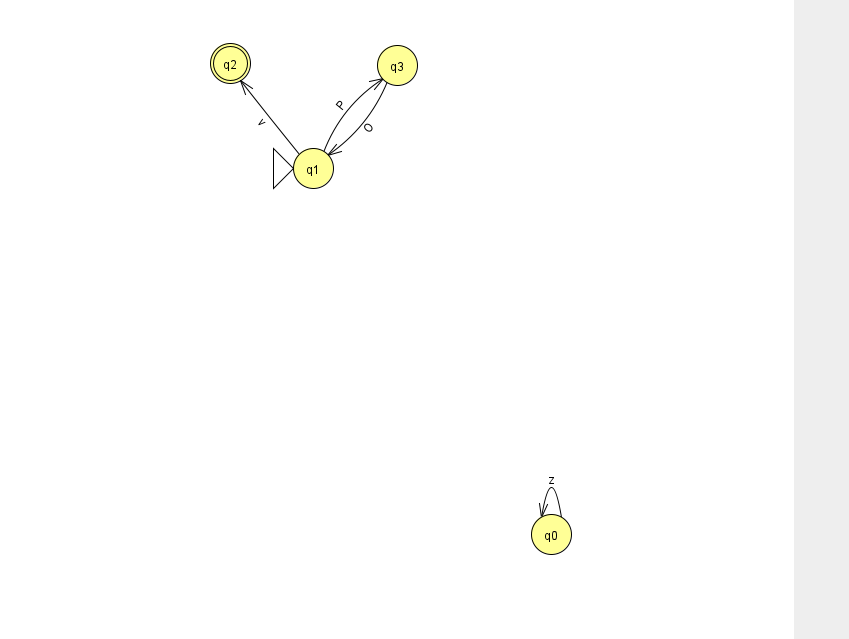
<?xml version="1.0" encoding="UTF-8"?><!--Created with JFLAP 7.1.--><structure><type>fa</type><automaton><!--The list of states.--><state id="0" name="q0"><x>551.0</x><y>521.0</y></state><state id="1" name="q1"><x>313.0</x><y>155.0</y><initial/></state><state id="2" name="q2"><x>230.0</x><y>50.0</y><final/></state><state id="3" name="q3"><x>397.0</x><y>52.0</y></state><!--The list of transitions.--><transition><from>1</from><to>3</to><read>P</read></transition><transition><from>0</from><to>0</to><read>z</read></transition><transition><from>3</from><to>1</to><read>O</read></transition><transition><from>1</from><to>2</to><read>v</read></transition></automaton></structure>